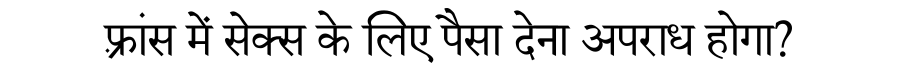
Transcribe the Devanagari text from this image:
फ़्रांस में सेक्स के लिए पैसा देना अपराध होगा?